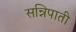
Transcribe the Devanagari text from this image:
सन्निपाती